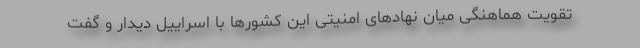
تقویت هماهنگی میان نهادهای امنیتی این کشورها با اسراییل دیدار و گفت